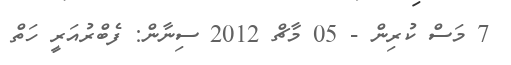
7 މަސް ކުރިން - 05 މާޗް 2012 ސިނާން: ފެބްރުއަރީ ހަތް